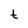
Character: t